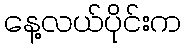
နေ့လယ်ပိုင်းက